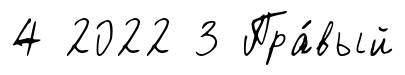
4 2022 3 Пра́вый